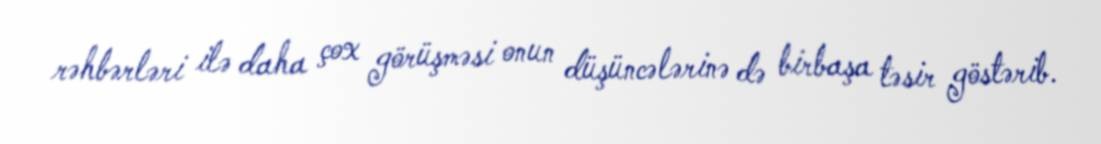
rəhbərləri ilə daha çox görüşməsi onun düşüncələrinə də birbaşa təsir göstərib.